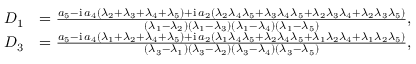
\begin{array} { r l } { D _ { 1 } } & { = \frac { a _ { 5 } - \mathrm { i } \, a _ { 4 } ( \lambda _ { 2 } + \lambda _ { 3 } + \lambda _ { 4 } + \lambda _ { 5 } ) + \mathrm { i } \, a _ { 2 } ( \lambda _ { 2 } \lambda _ { 4 } \lambda _ { 5 } + \lambda _ { 3 } \lambda _ { 4 } \lambda _ { 5 } + \lambda _ { 2 } \lambda _ { 3 } \lambda _ { 4 } + \lambda _ { 2 } \lambda _ { 3 } \lambda _ { 5 } ) } { ( \lambda _ { 1 } - \lambda _ { 2 } ) ( \lambda _ { 1 } - \lambda _ { 3 } ) ( \lambda _ { 1 } - \lambda _ { 4 } ) ( \lambda _ { 1 } - \lambda _ { 5 } ) } , } \\ { D _ { 3 } } & { = \frac { a _ { 5 } - \mathrm { i } \, a _ { 4 } ( \lambda _ { 1 } + \lambda _ { 2 } + \lambda _ { 4 } + \lambda _ { 5 } ) + \mathrm { i } \, a _ { 2 } ( \lambda _ { 1 } \lambda _ { 4 } \lambda _ { 5 } + \lambda _ { 2 } \lambda _ { 4 } \lambda _ { 5 } + \lambda _ { 1 } \lambda _ { 2 } \lambda _ { 4 } + \lambda _ { 1 } \lambda _ { 2 } \lambda _ { 5 } ) } { ( \lambda _ { 3 } - \lambda _ { 1 } ) ( \lambda _ { 3 } - \lambda _ { 2 } ) ( \lambda _ { 3 } - \lambda _ { 4 } ) ( \lambda _ { 3 } - \lambda _ { 5 } ) } , } \end{array}